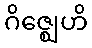
ဂိဇ္ဈေဟိ